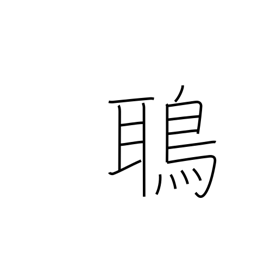
Meaning: kite (bird)